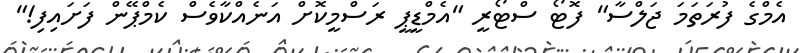
އެމްގެ ފުރަތަމަ ޖަލްސާ" ފޮޓޯ ސްޓޯރީ "އެމްޑީޕީ ރަސްމީކޮށް އަނެއްކާވެސް ކެމްޕޭން ފަށައިފި!"